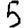
Digit: 5